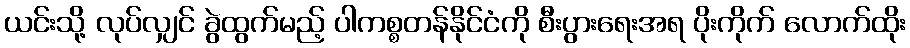
ယင်းသို့ လုပ်လျှင် ခွဲထွက်မည့် ပါကစ္စတန်နိုင်ငံကို စီးပွားရေးအရ ပိုးကိုက် လောက်ထိုး